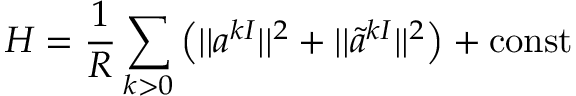
H = { \frac { 1 } { R } } \sum _ { k > 0 } \left( | | a ^ { k I } | | ^ { 2 } + | | \tilde { a } ^ { k I } | | ^ { 2 } \right) + \mathrm { c o n s t }